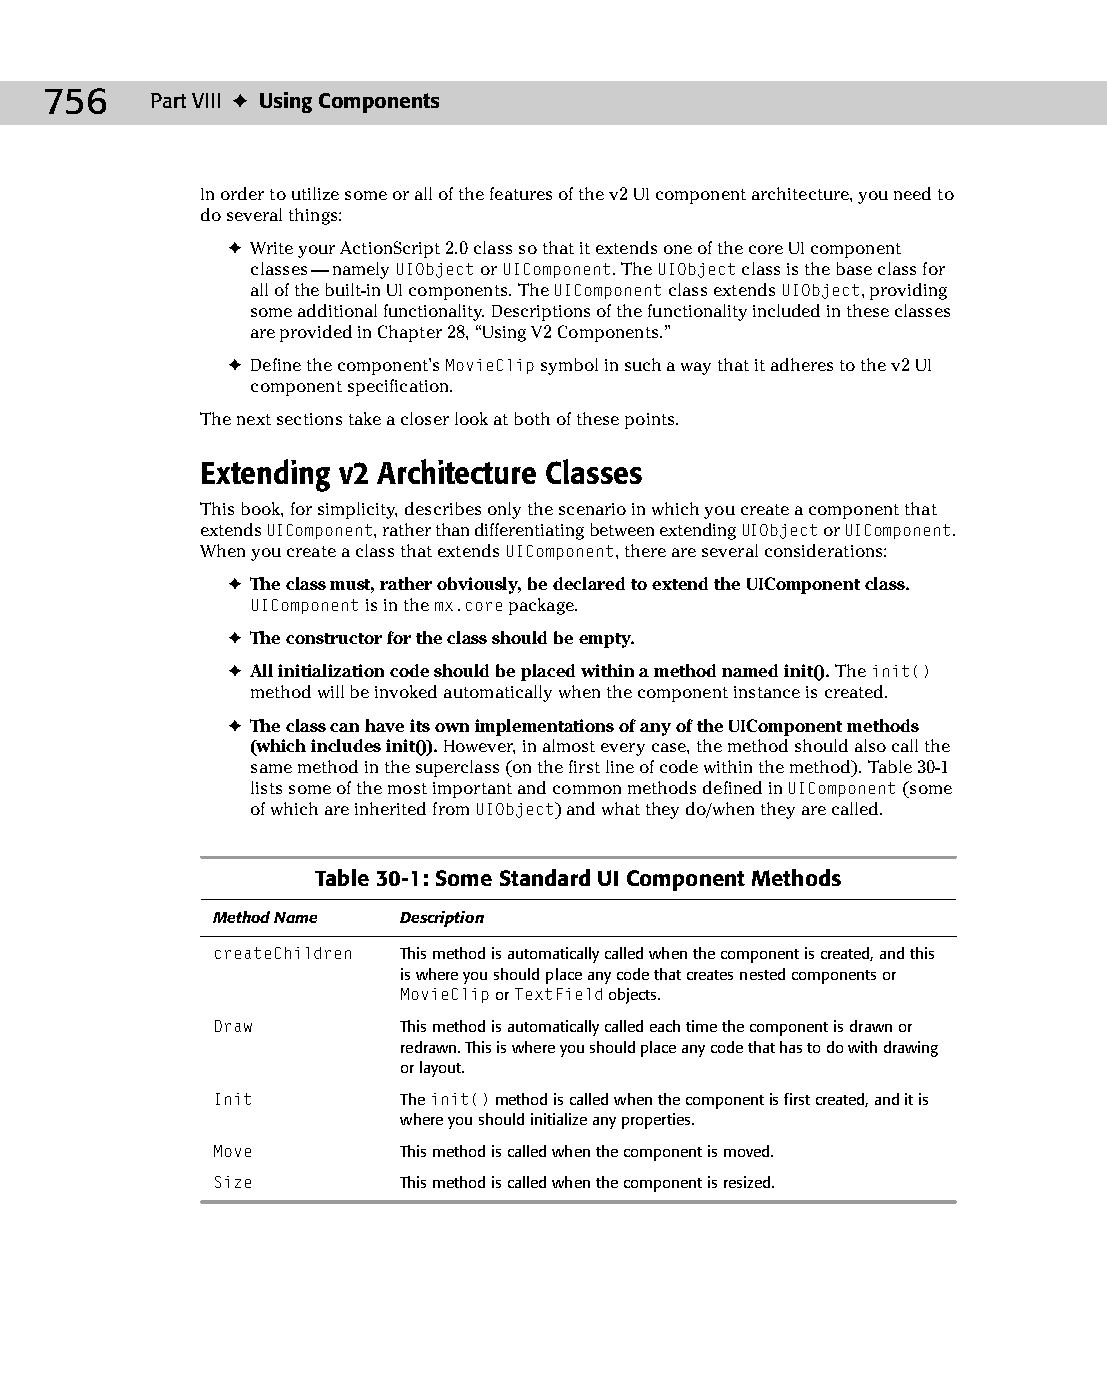
39 543547 ch30.qxd 3/24/04 4:07 PM Page 756
 756    Part VIII ✦ Using Components
 In order to utilize some or all of the features of the v2 UI component architecture, you need to
 do several things:
 ✦ Write your ActionScript 2.0 class so that it extends one of the core UI component
 classes— namely UIObject or UIComponent. The UIObject class is the base class for
 all of the built-in UI components. The UIComponent class extends UIObject, providing
 some additional functionality. Descriptions of the functionality included in these classes
 are provided in Chapter 28, “Using V2 Components.”
 ✦ Define the component’s MovieClip symbol in such a way that it adheres to the v2 UI
 component specification.
 The next sections take a closer look at both of these points.
 Extending v2 Architecture Classes
 This book, for simplicity, describes only the scenario in which you create a component that
 extends UIComponent, rather than differentiating between extending UIObject or UIComponent.
 When you create a class that extends UIComponent, there are several considerations:
 ✦ The class must, rather obviously, be declared to extend the UIComponent class.
 UIComponent is in the mx.core package.
 ✦ The constructor for the class should be empty.
 ✦ All initialization code should be placed within a method named init(). The init()
 method will be invoked automatically when the component instance is created.
 ✦ The class can have its own implementations of any of the UIComponent methods
 (which includes init()). However, in almost every case, the method should also call the
 same method in the superclass (on the first line of code within the method). Table 30-1
 lists some of the most important and common methods defined in UIComponent (some
 of which are inherited from UIObject) and what they do/when they are called.
 Table 30-1: Some Standard UI Component Methods
 Method Name  Description
 createChildren This method is automatically called when the component is created, and this
 is where you should place any code that creates nested components or
 MovieClip or TextField objects.
 Draw         This method is automatically called each time the component is drawn or
 redrawn. This is where you should place any code that has to do with drawing
 or layout.
 Init         The init() method is called when the component is first created, and it is
 where you should initialize any properties.
 Move         This method is called when the component is moved.
 Size         This method is called when the component is resized.